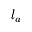
l _ { a }